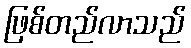
ဖြစ်တည်လာသည်